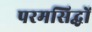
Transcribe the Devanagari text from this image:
परमसिद्धों